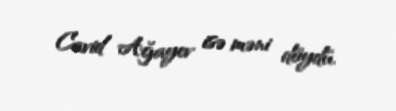
Cavid Ağayev isə məni döydü.